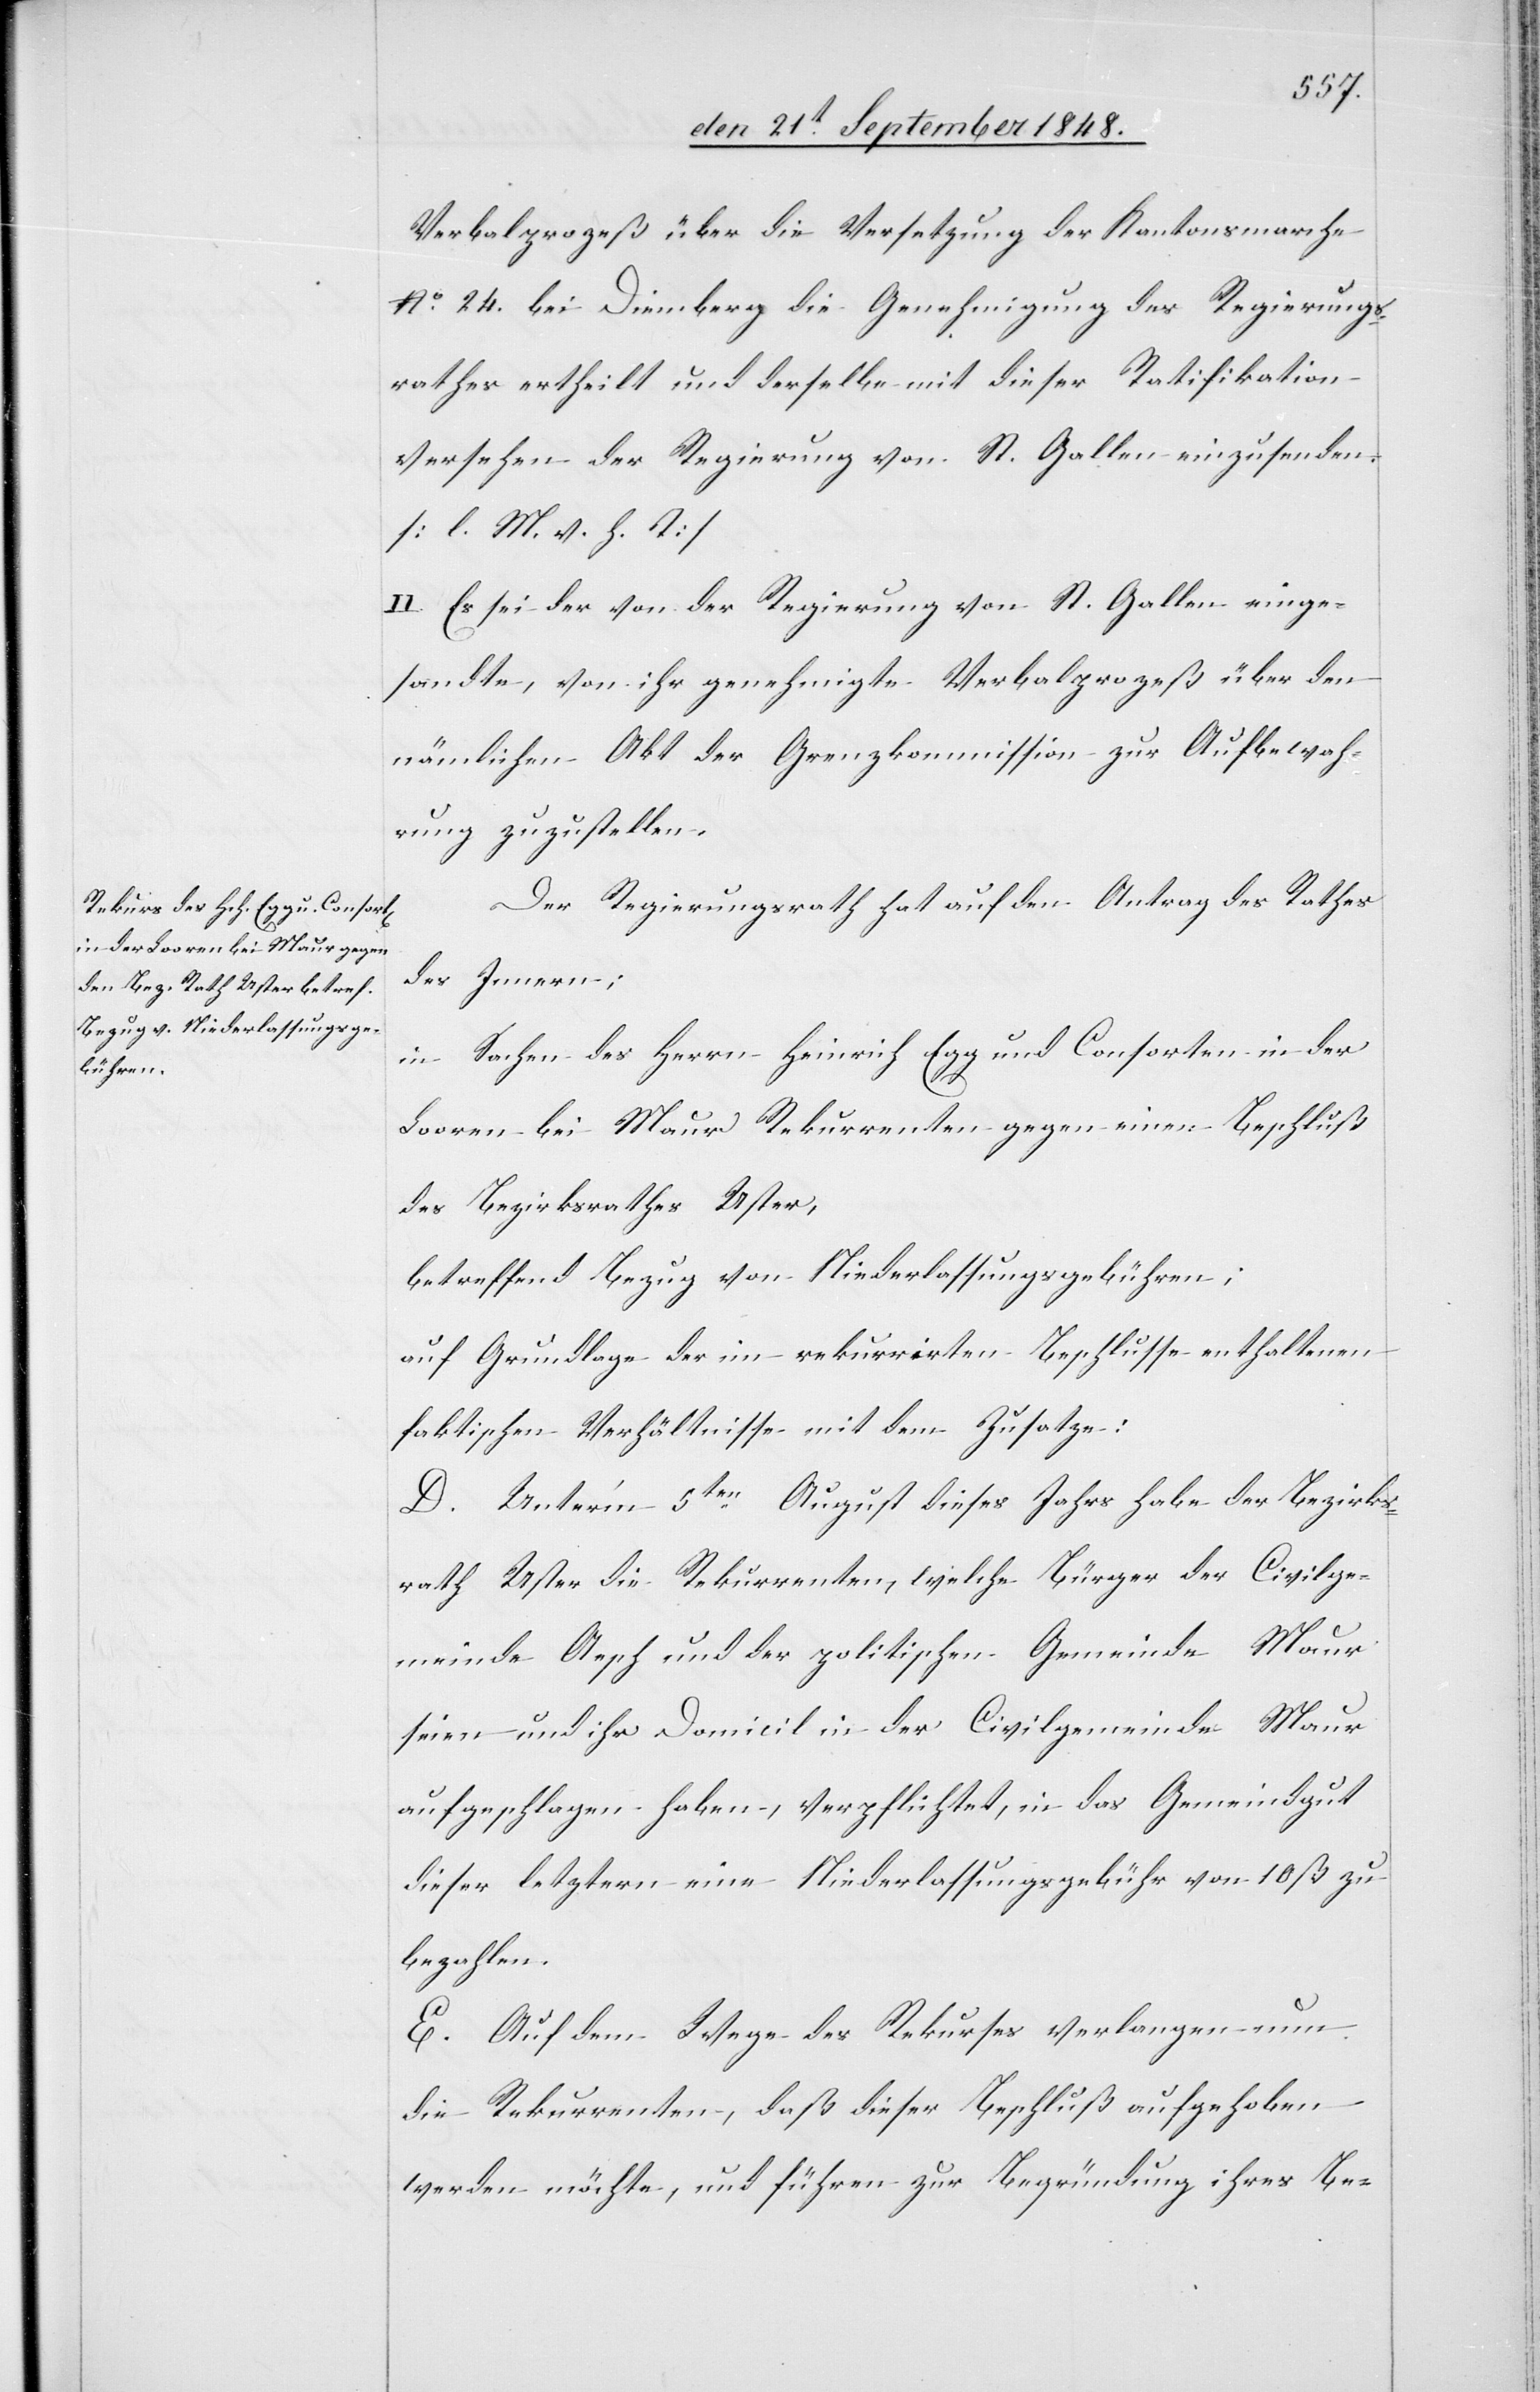
Verbalprozeß über die Versetzung der Kantonsmarche
No 24. bei Diemberg die Genehmigung des Regierungs¬
rathes ertheilt und derselbe mit dieser Ratifikation
versehen der Regierung von St. Gallen einzusenden.
[l. M. v. h. T]
II. Es sei der von der Regierung von St. Gallen einge¬
sandte, von ihr genehmigte Verbalprozeß über den
nämlichen Akt der Grenzkommission zur Aufbewah¬
rung zuzustellen.
Der Regierungsrath hat auf den Antrag des Rathes
des Innern;
in Sachen des Herrn Heinrich Egg und Consorten in der
Looren bei Maur Rekurrenten gegen einen Beschluß
des Bezirksrathes Uster,
betreffend Bezug von Niederlassungsgebühren;
auf Grundalge der im rekurrirten Beschlusse enthaltenen
faktischen Verhältnisse mit dem Zusatze:
D. Unter’m 5ten August dieses Jahrs habe der Bezirks¬
rath Uster die Rekurrenten, welche Bürger der Civilge¬
meinde Aesch und der politischen Gemeinde Maur
seien und ihr Domicil in der Civilgemeinde Maur
aufgeschlagen haben, verpflichtete, in das Gemeindgut
dieser letztern eine Niederlassungsgebühr von 10 ß. zu
bezahlen.
E. Auf dem Wege des Rekurses verlangen nun
die Rekurrenten, daß dieser Beschluß aufgehoben
werden möchte, und führen zur Begründung ihres Be-